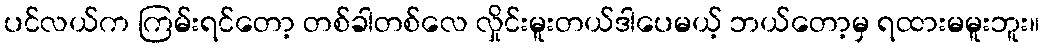
ပင်လယ်က ကြမ်းရင်တော့ တစ်ခါတစ်လေ လှိုင်းမူးတယ်ဒါပေမယ့် ဘယ်တော့မှ ရထားမမူးဘူး။